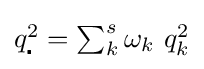
{\textstyle q_{\centerdot }^{2}=\sum _{k}^{s}\omega _{k}\ q_{k}^{2}}